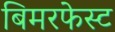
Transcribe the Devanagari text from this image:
बिमरफेस्ट